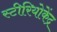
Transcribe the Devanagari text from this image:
स्टीरियोकेंद्र